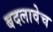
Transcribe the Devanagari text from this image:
बदलावेच